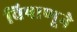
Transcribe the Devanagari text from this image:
विषाणूने